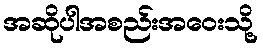
အဆိုပါအစည်းအဝေးသို့